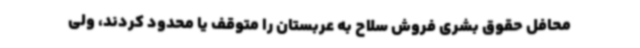
محافل حقوق بشری فروش سلاح به عربستان را متوقف یا محدود کردند، ولی